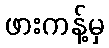
ဖားကန့်မှ